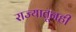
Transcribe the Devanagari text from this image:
राज्यातूनही